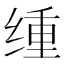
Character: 𫟆